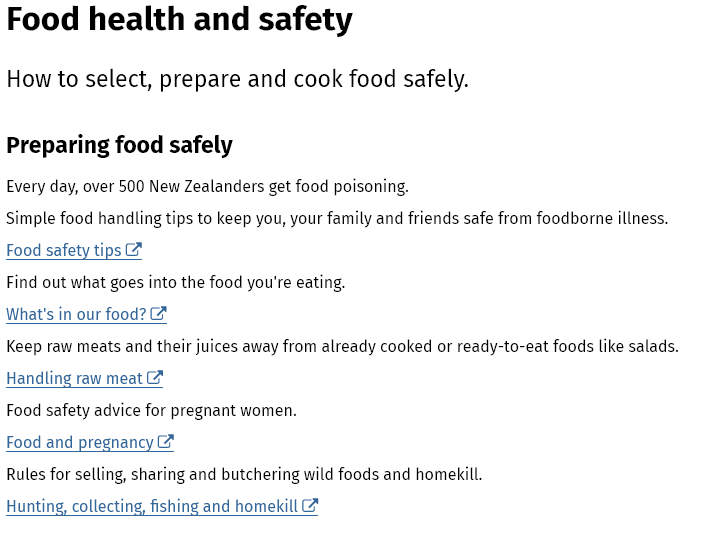
Food    health    and    safety
  How to  select,  prepare   and  cook food  safely.
  Preparing   food  safely
  Every day, over 500 New Zealanders get food poisoning.
  Simple food handling tips to keep you, your family and friends safe from foodborne illness.
  Find out what goes into the food you're eating.
  Keep raw meats and their juices away from already cooked or ready-to-eat foods like salads.
  Food safety tips (F
     et
  Handling raw meat
  Food safety advice for pregnant women.
  Food and pregnancy
  Rules for selling, sharing and butchering wild foods and homekill.
     ey Hunting, collecting, fishing and homekill